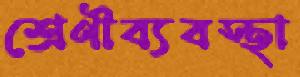
শ্রেণীব্যবস্থা